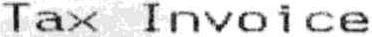
TAX INVOICE